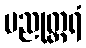
ပညုတ္တရံ